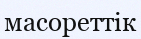
масореттік